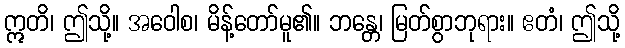
ဣတိ၊ ဤသို့။ အဝေါစ၊ မိန့်တော်မူ၏။ ဘန္တေ၊ မြတ်စွာဘုရား။ ဧတံ၊ ဤသို့